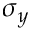
\sigma _ { y }